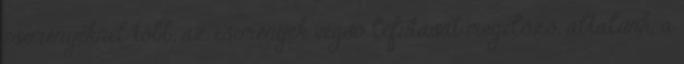
eseményeknél több, az események végsõ lefutását megelõzõ, általunk, a